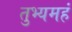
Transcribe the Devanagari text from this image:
तुभ्यमहं